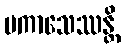
ပကာသေဿန္တိ